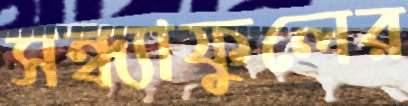
সন্ধ্যাফুলের